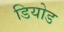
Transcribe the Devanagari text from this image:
डियोड